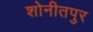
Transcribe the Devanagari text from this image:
शोनीतपुर